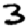
Digit: 3